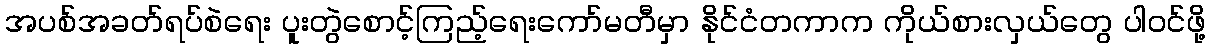
အပစ်အခတ်ရပ်စဲရေး ပူးတွဲစောင့်ကြည့်ရေးကော်မတီမှာ နိုင်ငံတကာက ကိုယ်စားလှယ်တွေ ပါဝင်ဖို့